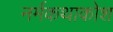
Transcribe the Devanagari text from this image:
नर्मकथाकोश